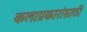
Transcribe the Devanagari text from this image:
कलाप्रकारांसाठी